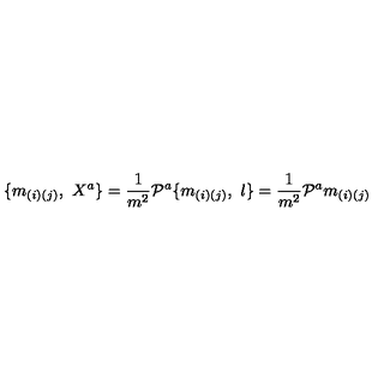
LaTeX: \{ m _ { ( i ) ( j ) } , \ X ^ { a } \} = { \frac { 1 } { m ^ { 2 } } } { \cal P } ^ { a } \{ m _ { ( i ) ( j ) } , \ l \} = { \frac { 1 } { m ^ { 2 } } } { \cal P } ^ { a } m _ { ( i ) ( j ) }